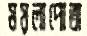
ময়লাপোতা